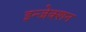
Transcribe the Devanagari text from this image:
इन्‍जेक्‍शन